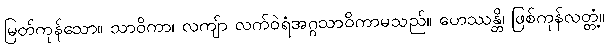
မြတ်ကုန်သော။ သာဝိကာ၊ လကျ်ာ လက်ဝဲရံအဂ္ဂသာဝိကာမသည်။ ဟေဿန္တိ၊ ဖြစ်ကုန်လတ္တံ့။